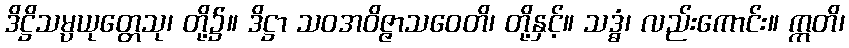
ဒိဋ္ဌိသမ္ပယုတ္တေသု၊ တို့၌။ ဒိဋ္ဌာ သဝအဝိဇ္ဇာသဝေတိ၊ တို့နှင့်။ သဒ္ဓံ၊ လည်းကောင်း။ ဣတိ၊